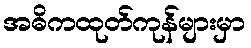
အဓိကထုတ်ကုန်များမှာ